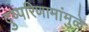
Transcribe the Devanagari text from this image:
दुष्परिणामांमुळे